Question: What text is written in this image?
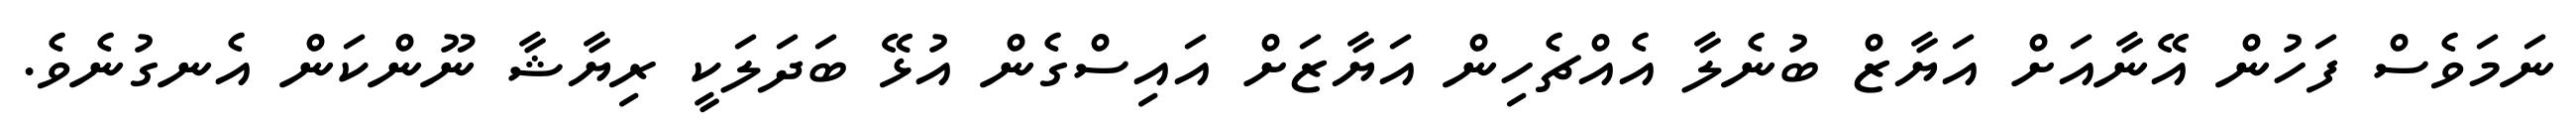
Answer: ނަމަވެސް ފަހުން އޭނާއަށް އަޔާޒް ބުނެލާ އެއްޗެހިން އަޔާޒަށް އައިސްގެން އުޅޭ ބަދަލަކީ ރިޔާޝާ ނޫންކަން އެނގުނެވެ.